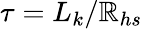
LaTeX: \tau=L_{k}/\mathbb{R}_{hs}